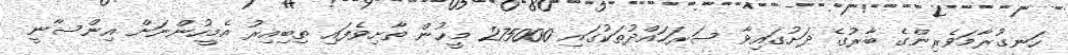
ހަނގުރާމަވެރިންގެ ބާރުގެ ދަށުގައިވާ ސަރަހައްދުތަކުގައި 275000 މީހުން ތާށިވެފައި ތިބިއިރު އެމީހުންނަށް އިންސާނީ